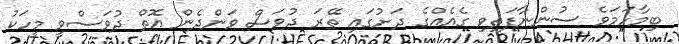
ބިމާހަމަވެ ސުންނާފަތިވި ގެއެއްގެ ދަށުގައި ތޭރަ ދުވަސް ވަންދެން އޮތް ދުވަސްވީ މީހަކު